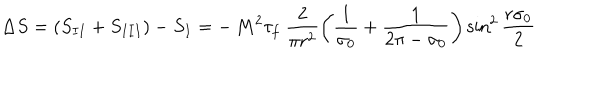
\Delta S = ( S _ { I I } + S _ { I I I } ) - S _ { I } = - \, M ^ { 2 } \tau _ { f } ~ \frac { 2 } { \pi r ^ { 2 } } \left( \frac { 1 } { \sigma _ { 0 } } + \frac { 1 } { 2 \pi - \sigma _ { 0 } } \right) { \sin } ^ { 2 } \, \frac { r \sigma _ { 0 } } { 2 }